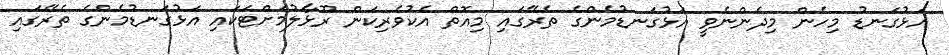
އަޅުގަނޑު މިހެން މިދެންނެވީ އަޅުގަނޑުމެންގެ ތެރޭގައި މިއޮތް އެކުވެރިކަން ރޫޅާލުމަށްޓަކައި އަޅުގަނޑުމެންގެ ތެރޭގައި